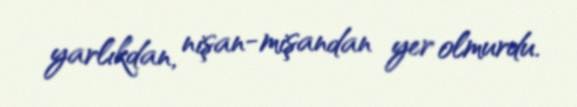
yarlıkdan, nişan-mişandan yer olmurdu.